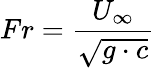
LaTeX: Fr=\frac{U_{\infty}}{\sqrt{g\cdot{c}}}